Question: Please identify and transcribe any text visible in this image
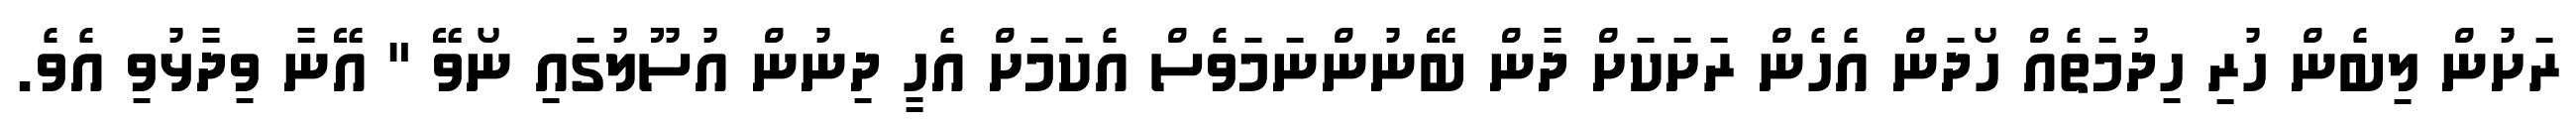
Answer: ރަށުން ލިބެން ހުރި ހިދުމަތެއް ހޯދަން އެހެން ރަށަކަށް ދާން ބޭނުންނަމަވެސް އެކަމަށް އެހީ ދިނުން އުސޫލުގައި ނޯވޭ " އޭނާ ވިދާޅުވި އެވެ.